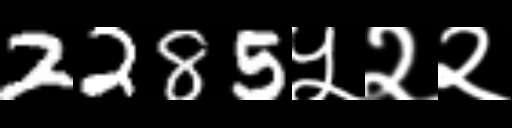
Text: 2285५२२